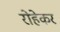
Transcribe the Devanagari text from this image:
रोहेकर